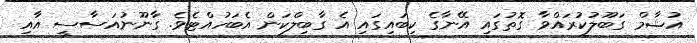
އުޝާމް ގަބޫލުކުރައްވާ ގޮތުގައި އޭނާގެ ކިބައިގައި އެ ގާބިލްކަން އެބަހުއްޓެވެ. ގާނޫނުއަސާސީ އާއި